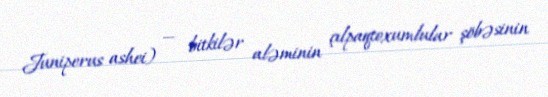
Juniperus ashei) — bitkilər aləminin çılpaqtoxumlular şöbəsinin